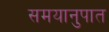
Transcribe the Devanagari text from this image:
समयानुपात